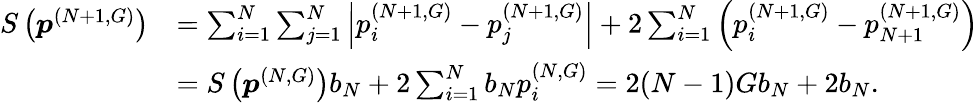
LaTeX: \begin{array}{rl}{S\left(\boldsymbol{p}^{(N+1,G)}\right)}&{=\sum_{i=1}^{N}\sum_{j=1}^{N}\left|p_{i}^{(N+1,G)}-p_{j}^{(N+1,G)}\right|+2\sum_{i=1}^{N}\left(p_{i}^{(N+1,G)}-p_{N+1}^{(N+1,G)}\right)}\\ &{=S\left(\boldsymbol{p}^{(N,G)}\right)b_{N}+2\sum_{i=1}^{N}b_{N}p_{i}^{(N,G)}=2(N-1)Gb_{N}+2b_{N}.}\end{array}